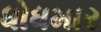
ધોધમાર